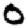
Digit: 0